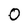
Character: 0